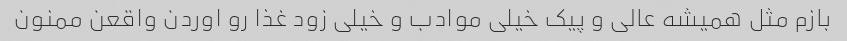
بازم مثل همیشه عالی و پیک خیلی موادب و خیلی زود غذا رو اوردن واقعن ممنون